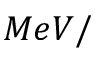
M e V /